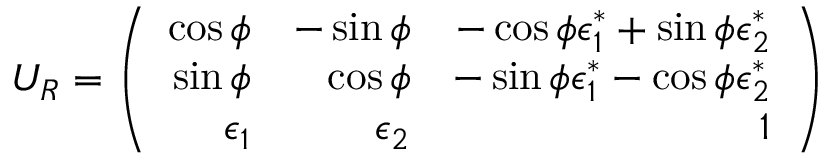
U _ { R } = \left( \begin{array} { r r r } { { \cos \phi } } & { { - \sin \phi } } & { { - \cos \phi \epsilon _ { 1 } ^ { * } + \sin \phi \epsilon _ { 2 } ^ { * } } } \\ { { \sin \phi } } & { { \cos \phi } } & { { - \sin \phi \epsilon _ { 1 } ^ { * } - \cos \phi \epsilon _ { 2 } ^ { * } } } \\ { { \epsilon _ { 1 } } } & { { \epsilon _ { 2 } } } & { { 1 } } \end{array} \right)